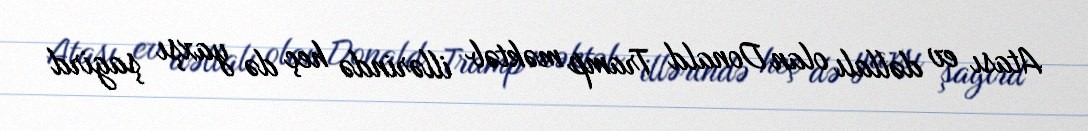
Atası ev dəllalı olan Donald Tramp məktəb illərində heç də yaxşı şagird